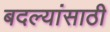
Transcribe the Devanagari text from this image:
बदल्यांसाठी